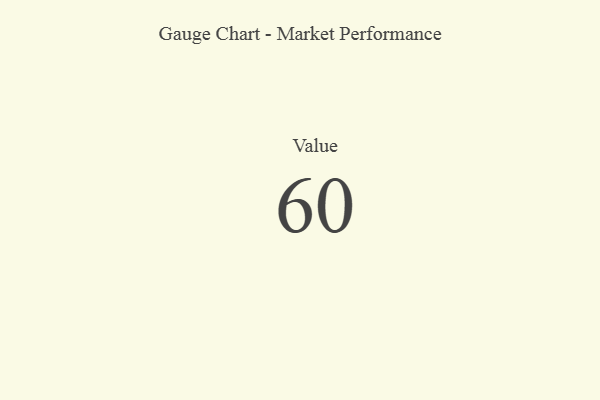
{"axis": {"x": "Metric", "y": "Value"}, "legend": [""], "data": [{"x": "Value", "y": 60, "type": ""}]}